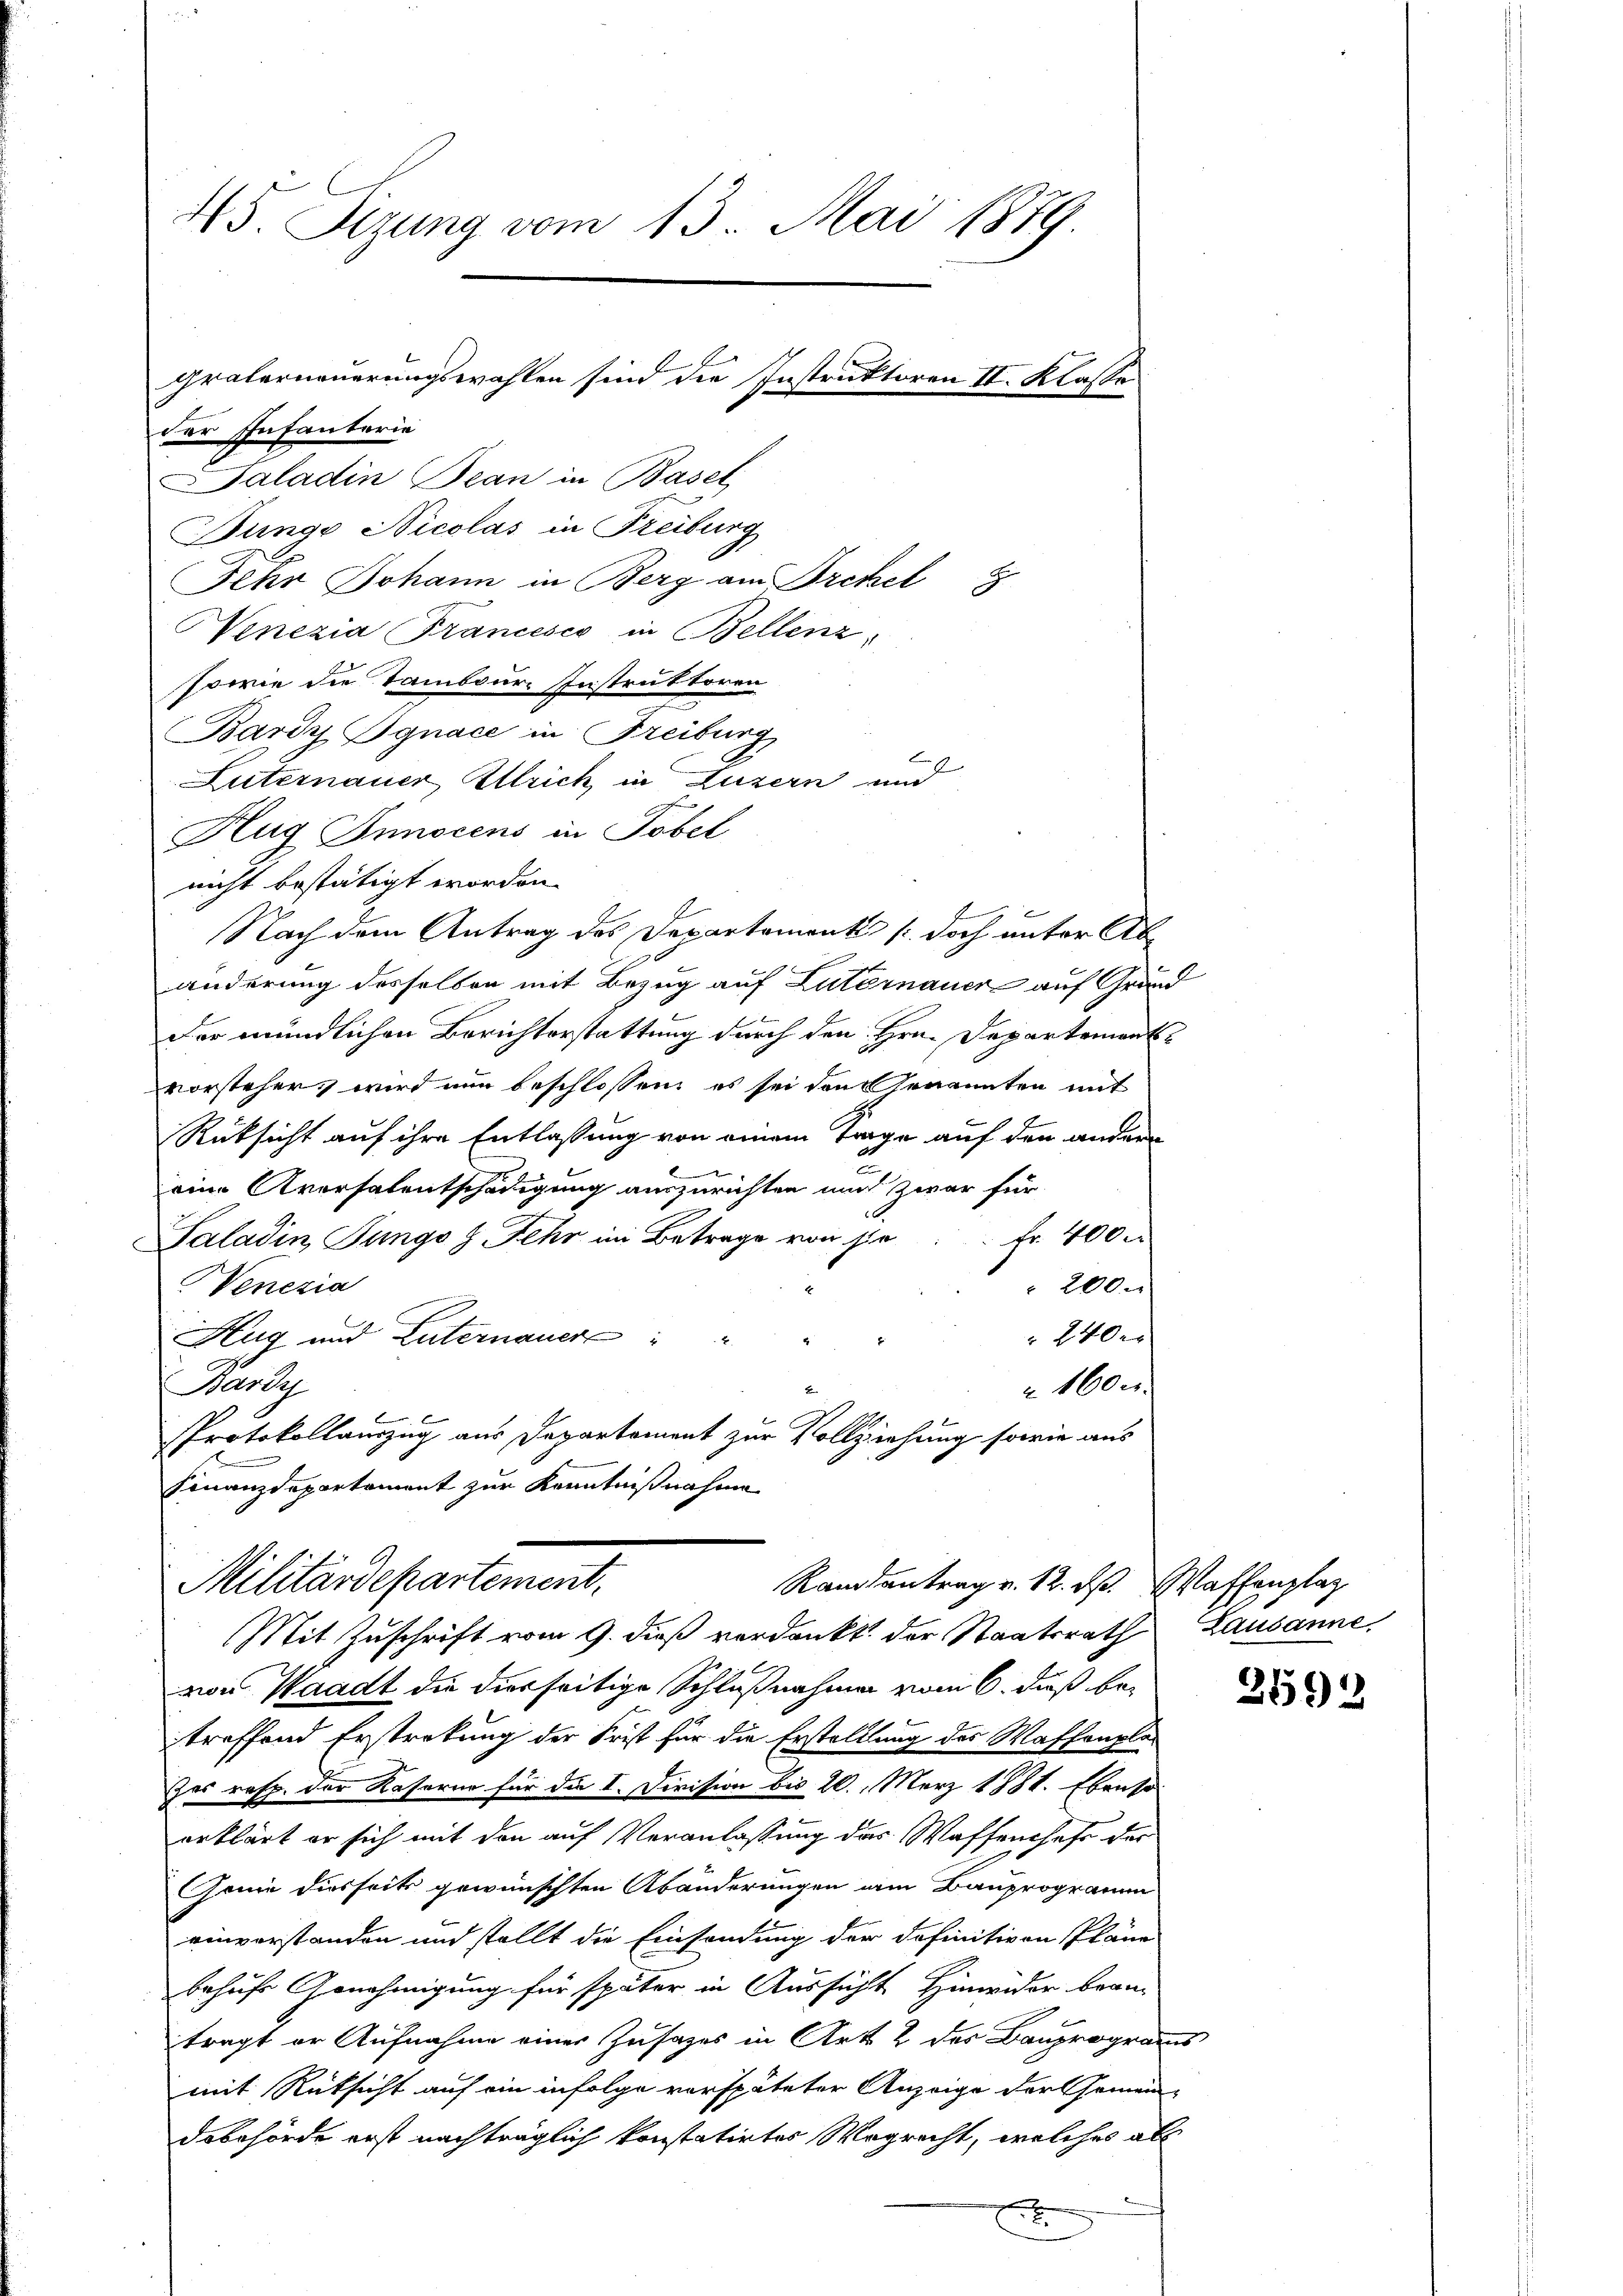
45. Seizung vom 13. Mai 1879

der Infanteria
Paladin Bean in Basel
Bunge Nicolas in Freiburg
Fehr Johann in Berg am Orchel H
Venezia Francesco in Bellenz,
sowie die Tambour, Instruktoren
.
Bardy Jgnace in Freiburg
Luternauer Strick in Luzern und
Hug Innocens in Tobel
nicht bestätigt worden.
Nach dem Antrag des Departement /: doch unter Abänderung desselben mit Bezug auf Luternauer auf Grund
Der mündlichen Berichterstattung durch den Hrn. Departementsvorsteher, wird nun beschlossen, es sei den Genannten mit
Rüksicht auf ihre Entlassung von einem Trage auf den andere
eine Aversalentschädigung auszurichten und zwar für
hr 400.
Saladin, Jungs z. Fehr im Betrage von sie
Venezia
 200.
 2400
Aug und Luternauer
Bardy
 1600.

PProtokollauszug aus Departement zur Vollziehung sowie aus
Finanzdepartement zur Kenntnißnahme
Militärdepartement.
Randsantrag v. 12. ds. Waffenplaz
Mit Zuschrift vom 9. dieß verdankt. der Staatsrath Lausanne,
von Waadt die diesseitige Schlußnahmen vom 6. dieß betreffend Erstrekung der Frist für die Erstelllung des Waffenplades resp. der Kaserne für die I. Division bis 20. März 1881. Ebenso
erklärt er sich mit den auf Veranlassung das Waffenthaft der
Genie diesseits gewünschten Abänderungen am Bauprogramm
einverstanden und stellt die Einsendung der definitiven Pläne
behufs Genehmigung für später in Aussicht Hinwider bean-
tragt er Aufnahme einer Zusatzes in Art. 2 des Bauprogramms
mit Rücksicht auf ein infolge verspäteter Anzeige der Gemein-
dobehörde erst nachträglich konstatirtes Wegrecht, welches als
.

Graferneuerungswahlen sind die Instruktoren II. Klasse

2692